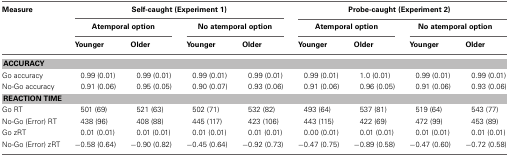
| Measure | <COLSPAN=4> Self-caught (Experiment 1) | <COLSPAN=4> Probe-caught (Experiment 2) |
 |  | <COLSPAN=2> Atemporal option | <COLSPAN=2> No atemporal option | <COLSPAN=2> Atemporal option | <COLSPAN=2> No atemporal option |
 |  | Younger | Older | Younger | Older | Younger | Older | Younger | Older |
 | --- | --- | --- | --- | --- | --- | --- | --- | --- |
 | <COLSPAN=9> ACCURACY |
 | Go accuracy | 0.99 (0.01) | 0.99 (0.01) | 0.99 (0.01) | 0.99 (0.01) | 0.99 (0.01) | 1.0 (0.01) | 0.99 (0.01) | 0.99 (0.01) |
 | No-Go accuracy | 0.91 (0.06) | 0.95 (0.05) | 0.90 (0.07) | 0.93 (0.06) | 0.91 (0.06) | 0.96 (0.05) | 0.91 (0.06) | 0.93 (0.06) |
 | <COLSPAN=9> REACTION TIME |
 | Go RT | 501 (69) | 521 (63) | 502 (71) | 532 (82) | 493 (64) | 537 (81) | 519 (64) | 543 (77) |
 | No-Go (Error) RT | 438 (96) | 408 (88) | 445 (117) | 423 (106) | 443 (115) | 422 (69) | 472 (99) | 453 (89) |
 | Go zRT | 0.01 (0.01) | 0.01 (0.01) | 0.01 (0.01) | 0.01 (0.01) | 0.00 (0.01) | 0.01 (0.01) | 0.01 (0.01) | 0.01 (0.01) |
 | No-Go (Error) zRT | −0.58 (0.64) | −0.90 (0.82) | −0.45 (0.64) | −0.92 (0.73) | −0.47 (0.75) | −0.89 (0.58) | −0.47 (0.60) | −0.72 (0.58) |